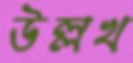
উল্লখ